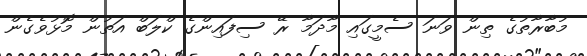
މުބާރާތުގެ ތިން ވަނަ ސެމީގައި މާދަމާ ރޭ ސިފައިންގެ ކްލަބް އަތުން މޮޅުވެގެން